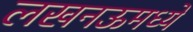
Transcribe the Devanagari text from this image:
लखनऊमध्ये